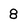
Character: 8